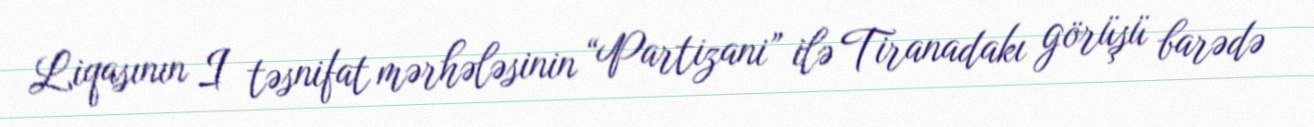
Liqasının I təsnifat mərhələsinin “Partizani” ilə Tiranadakı görüşü barədə